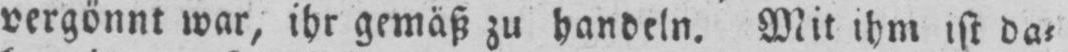
vergönnt war, ihr gemäß zu handeln. Mit ihn, ist da⸗